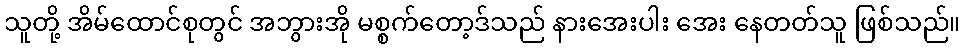
သူတို့ အိမ်ထောင်စုတွင် အဘွားအို မစ္စက်တော့ဒ်သည် နားအေးပါး အေး နေတတ်သူ ဖြစ်သည်။